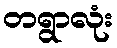
တရွာလုံး